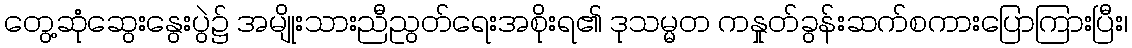
တွေ့ဆုံဆွေးနွေးပွဲ၌ အမျိုးသားညီညွတ်ရေးအစိုးရ၏ ဒုသမ္မတ ကနှုတ်ခွန်းဆက်စကားပြောကြားပြီး၊